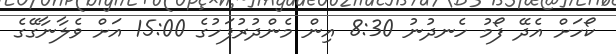
ކޯހަށް އެދޭ ފޯމު ހެނދުނު 8:30 އިން މެންދުރުފަހުގެ 15:00 އަށް ވެލާނާގޭގެ